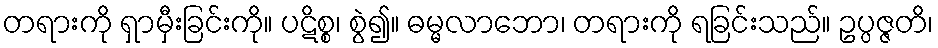
တရားကို ရှာမှီးခြင်းကို။ ပဋိစ္စ၊ စွဲ၍။ ဓမ္မလာဘော၊ တရားကို ရခြင်းသည်။ ဥပ္ပဇ္ဇတိ၊